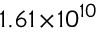
1 . 6 1 \! \times \! 1 0 ^ { 1 0 }